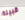
قبيلة